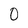
Character: O